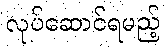
လုပ်ဆောင်ရမည့်